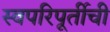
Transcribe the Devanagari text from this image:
स्वपरिपूर्तीची